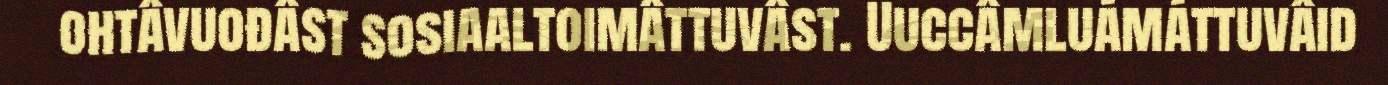
ohtâvuođâst sosiaaltoimâttuvâst. Uuccâmluámáttuvâid